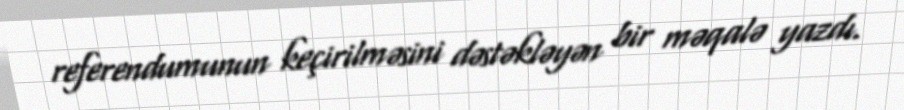
referendumunun keçirilməsini dəstəkləyən bir məqalə yazdı.